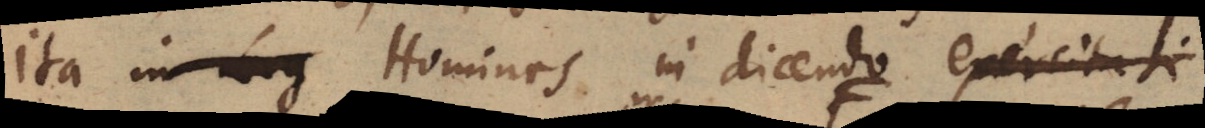
ita in Log Homines in dicendo exercitati